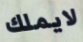
لايملك